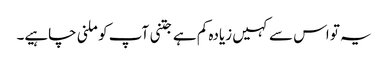
یہ تو اس سے کہیں زیادہ کم ہے جتنی آپ کو ملنی چاہیے۔